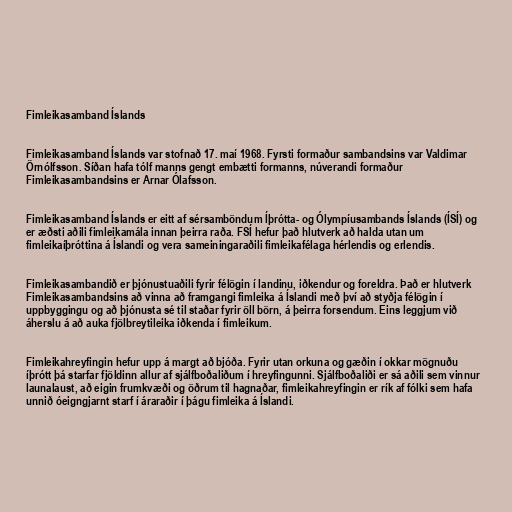
Fimleikasamband Íslands

Fimleikasamband Íslands var stofnað 17. maí 1968. Fyrsti formaður sambandsins var Valdimar
Örnólfsson. Síðan hafa tólf manns gengt embætti formanns, núverandi formaður
Fimleikasambandsins er Arnar Ólafsson.

Fimleikasamband Íslands er eitt af sérsamböndum Íþrótta- og Ólympíusambands Íslands (ÍSÍ) og
er æðsti aðili fimleikamála innan þeirra raða. FSÍ hefur það hlutverk að halda utan um
fimleikaíþróttina á Íslandi og vera sameiningaraðili fimleikafélaga hérlendis og erlendis.

Fimleikasambandið er þjónustuaðili fyrir félögin í landinu, iðkendur og foreldra. Það er hlutverk
Fimleikasambandsins að vinna að framgangi fimleika á Íslandi með því að styðja félögin í
uppbyggingu og að þjónusta sé til staðar fyrir öll börn, á þeirra forsendum. Eins leggjum við
áherslu á að auka fjölbreytileika iðkenda í fimleikum.

Fimleikahreyfingin hefur upp á margt að bjóða. Fyrir utan orkuna og gæðin í okkar mögnuðu
íþrótt þá starfar fjöldinn allur af sjálfboðaliðum í hreyfingunni. Sjálfboðaliði er sá aðili sem vinnur
launalaust, að eigin frumkvæði og öðrum til hagnaðar, fimleikahreyfingin er rík af fólki sem hafa
unnið óeigngjarnt starf í áraraðir í þágu fimleika á Íslandi.